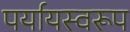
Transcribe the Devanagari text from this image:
पर्यायस्वरूप